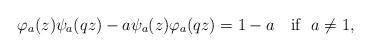
LaTeX: \begin{align*} \varphi_{a}(z)\psi_{a}(qz)-a\psi_{a}(z)\varphi_{a}(qz) =1-a\ \ \mbox{ if}\ \ a\neq1,\end{align*}